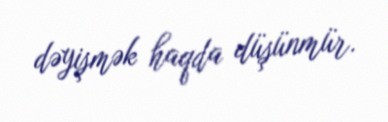
dəyişmək haqda düşünmür.